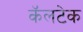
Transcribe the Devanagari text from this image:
कॅलटेक